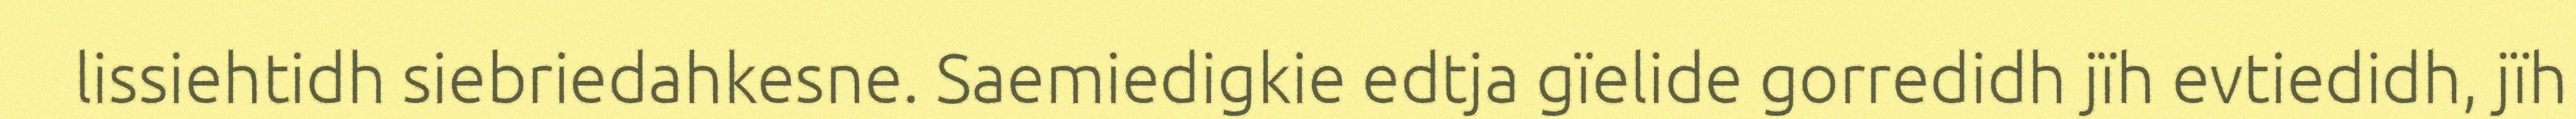
lissiehtidh siebriedahkesne. Saemiedigkie edtja gïelide gorredidh jïh evtiedidh, jïh